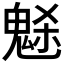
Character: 𩲺